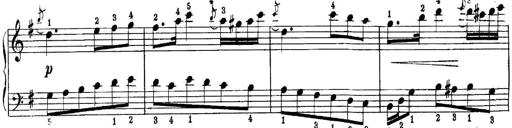
Title: Quatres sonatines
Composer: Tadeusz Joteyko